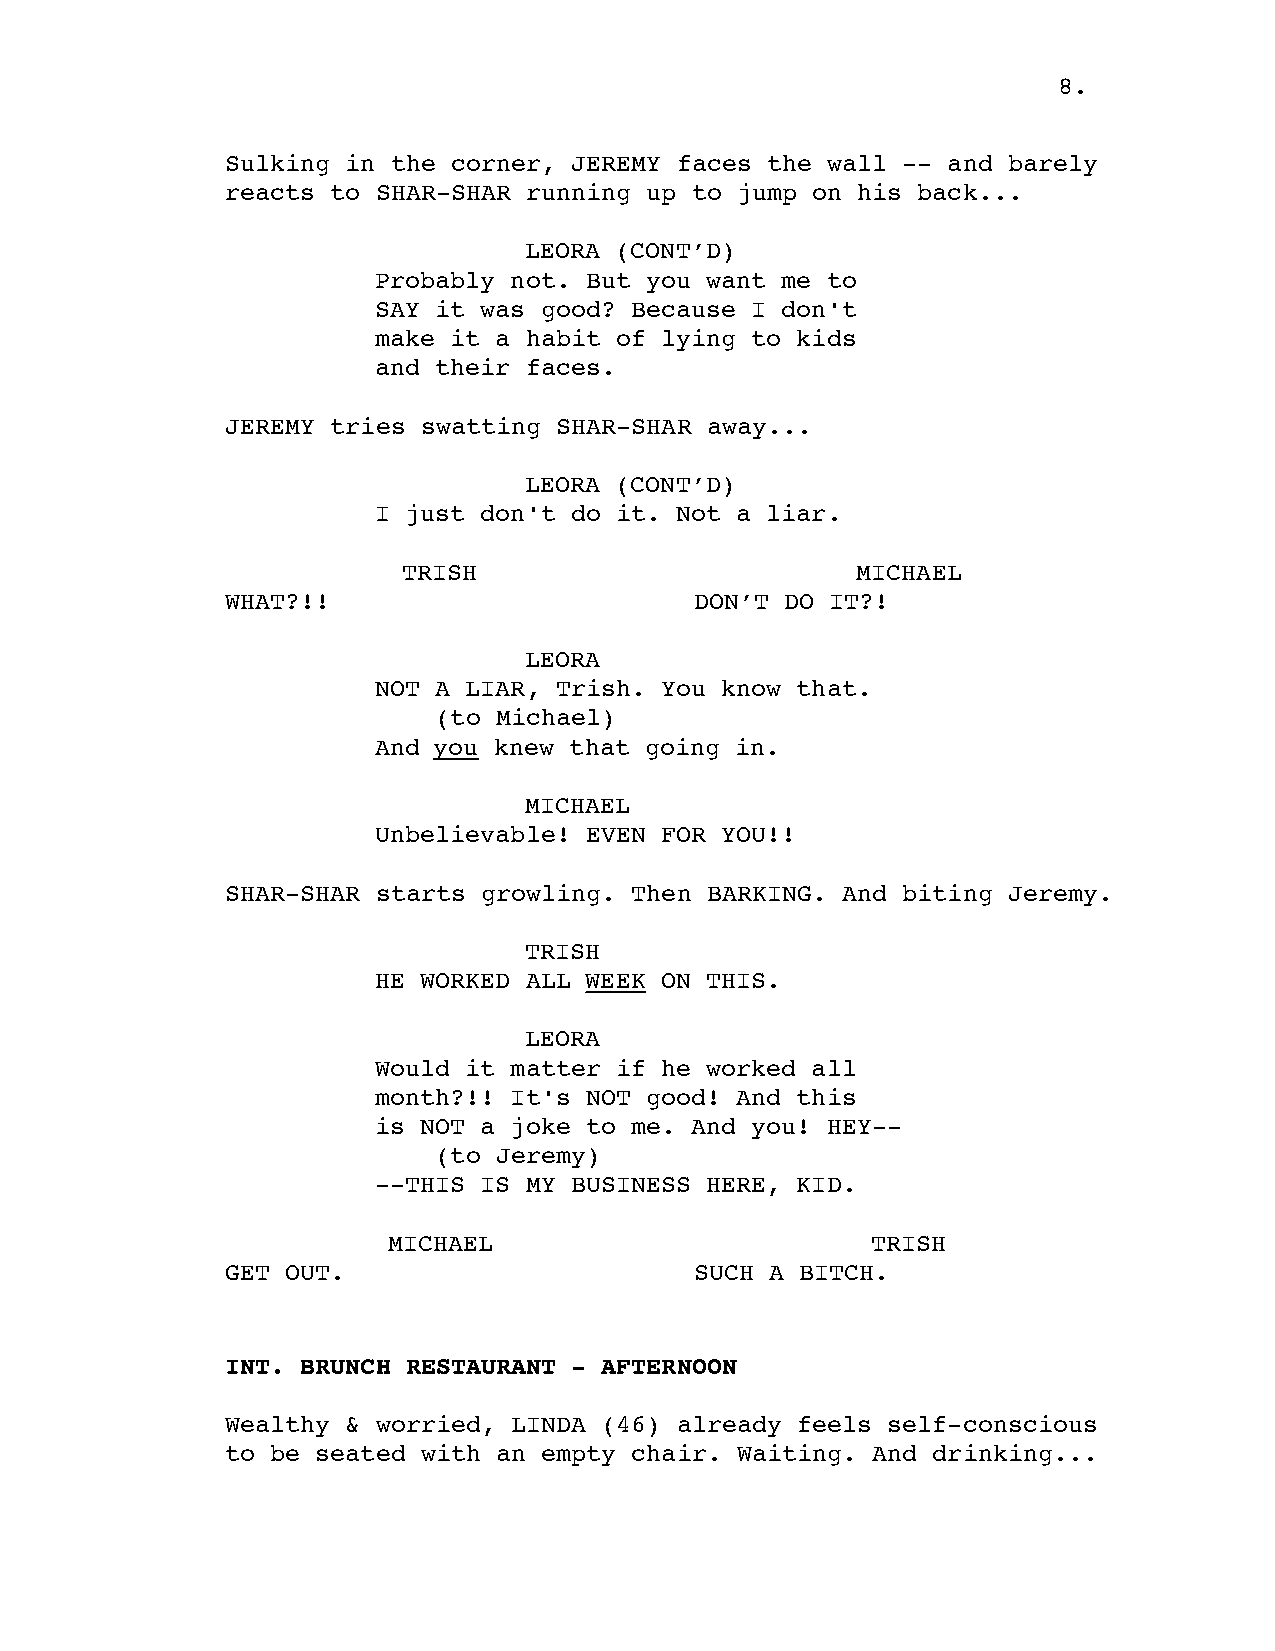
8.
 Sulking in the corner, JEREMY faces the wall -- and barely
 reacts to SHAR-SHAR running up to jump on his back...
 LEORA (CONT’D)
 Probably not. But you want me to
 SAY it was good? Because I don't
 make it a habit of lying to kids
 and their faces.
 JEREMY tries swatting SHAR-SHAR away...
 LEORA (CONT’D)
 I just don't do it. Not a liar.
 TRISH                         MICHAEL
 WHAT?!!                        DON’T DO IT?!
 LEORA
 NOT A LIAR, Trish. You know that.
 (to Michael)
 And you knew that going in.
 MICHAEL
 Unbelievable! EVEN FOR YOU!!
 SHAR-SHAR starts growling. Then BARKING. And biting Jeremy.
 TRISH
 HE WORKED ALL WEEK ON THIS.
 LEORA
 Would it matter if he worked all
 month?!! It's NOT good! And this
 is NOT a joke to me. And you! HEY--
 (to Jeremy)
 --THIS IS MY BUSINESS HERE, KID.
 MICHAEL                         TRISH
 GET OUT.                       SUCH A BITCH.
 INT. BRUNCH RESTAURANT - AFTERNOON
 Wealthy & worried, LINDA (46) already feels self-conscious
 to be seated with an empty chair. Waiting. And drinking...